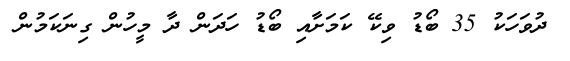
ދުވަހަކު 35 ބޯޑު ވިކޭ ކަމަށާއި ބޯޑު ހަދަން ދާ މީހުން ގިނަކަމުން